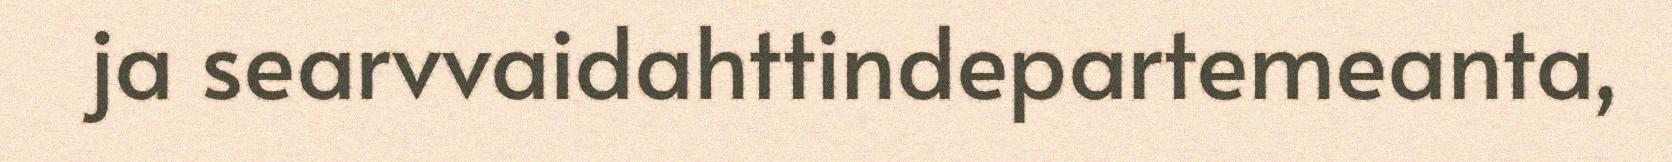
ja searvvaidahttindepartemeanta,